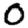
Digit: 0